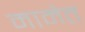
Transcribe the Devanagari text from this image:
मामेत